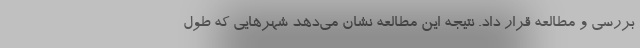
بررسی و مطالعه قرار داد. نتیجه این مطالعه نشان می‌دهد شهرهایی که طول